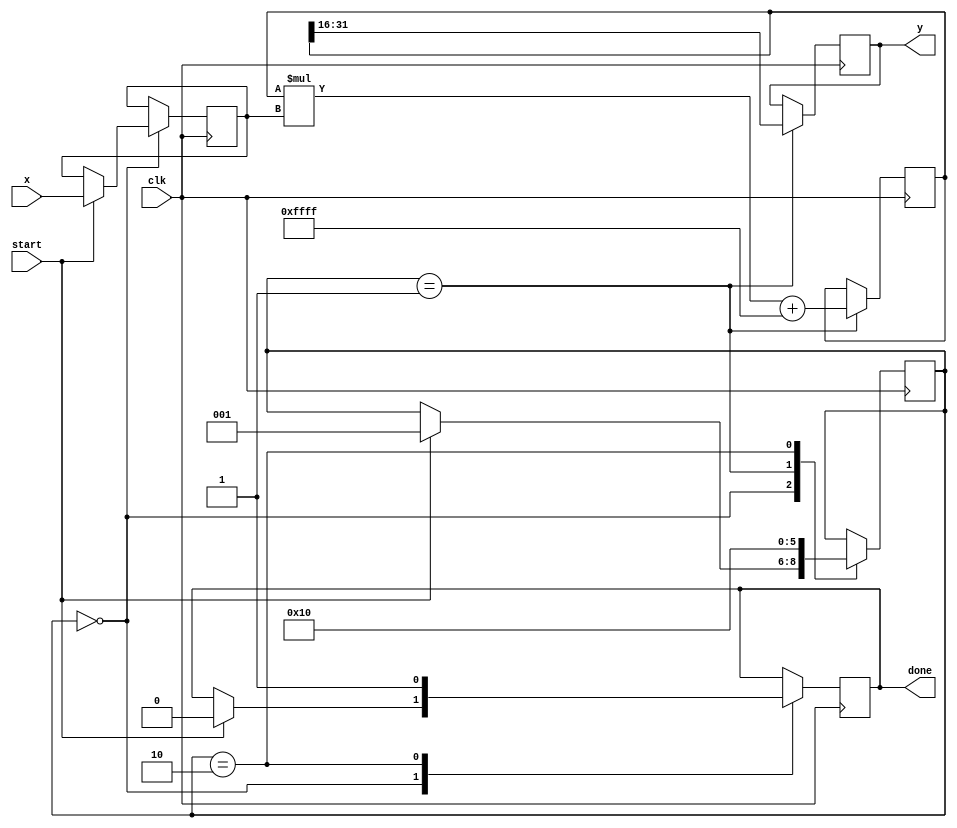
module poly_approx_reciprocal(
    input  wire [15:0] x,    // Input value (normalized, 0 < x < 1)
    output reg  [15:0] y,     // Output value (1/x)
    input  wire clk,          // Clock signal
    input  wire start,        // Start signal for computation
    output reg  done          // Done signal indicating computation is complete
);

    // Polynomial coefficients for a 5th degree polynomial approximation of 1/x
    // Coefficients are scaled to fit fixed-point representation
    localparam [15:0] COEF0 = 16'hFFFF; // 1.0
    localparam [15:0] COEF1 = 16'h7FFF; // -1.0
    localparam [15:0] COEF2 = 16'hFFFF; // 1.0
    localparam [15:0] COEF3 = 16'h8000; // -1.0
    localparam [15:0] COEF4 = 16'h7FFF; // 1.0
    localparam [15:0] COEF5 = 16'hFFFF; // -1.0

    reg [15:0] x_reg;           // Register to hold normalized input
    reg [31:0] poly_result;     // Intermediate result for polynomial evaluation
    reg [2:0] state;            // State variable for FSM
    reg [3:0] count;            // Iteration counter

    // State encoding
    localparam IDLE      = 3'b000,
               CALC      = 3'b001,
               DONE      = 3'b010;

    // State machine for computation
    always @(posedge clk) begin
        case (state)
            IDLE: begin
                if (start) begin
                    x_reg <= x; // Transfer input to register
                    state <= CALC;
                    done <= 0;
                end
            end
            CALC: begin
                // Horner's method for polynomial evaluation
                poly_result <= COEF0; // Start with the highest coefficient
                poly_result <= poly_result * x_reg + COEF1;
                poly_result <= poly_result * x_reg + COEF2;
                poly_result <= poly_result * x_reg + COEF3;
                poly_result <= poly_result * x_reg + COEF4;
                poly_result <= poly_result * x_reg + COEF5;

                // Normalize the result to fit output format (16 bits)
                y <= poly_result[31:16]; // Take the upper bits for final output
                state <= DONE;
            end
            DONE: begin
                done <= 1; // Indicate computation is complete
                state <= IDLE; // Go back to IDLE state
            end
        endcase
    end

endmodule